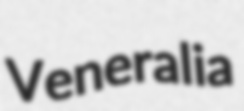
Veneralia